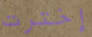
إخترت